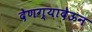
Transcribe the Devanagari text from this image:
देणग्यादेऊन